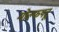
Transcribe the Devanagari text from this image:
गोल्फपटू